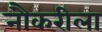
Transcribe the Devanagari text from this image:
नौकरीला